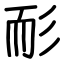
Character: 耏